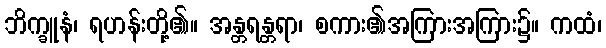
ဘိက္ခူနံ၊ ရဟန်းတို့၏။ အန္တရန္တရာ၊ စကား၏အကြားအကြား၌။ ကထံ၊